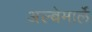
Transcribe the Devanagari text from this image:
अल्बेमार्ले